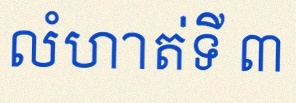
លំហាត់ទី ៣